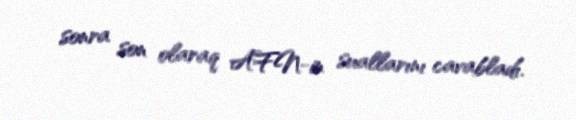
sonra son olaraq AFN-in suallarını cavabladı.